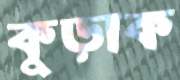
কুড়াক